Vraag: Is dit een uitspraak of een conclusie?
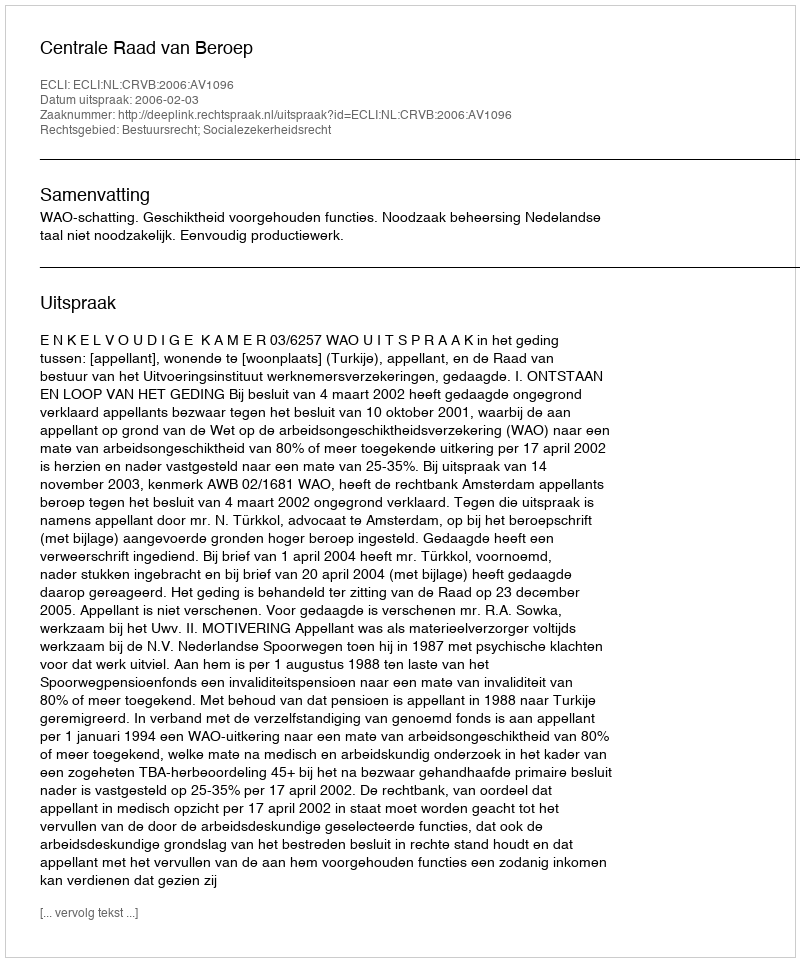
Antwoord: Uitspraak